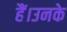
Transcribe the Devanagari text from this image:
हैं।उनके